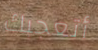
أتعجبك